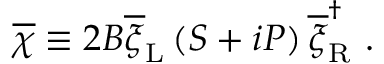
\overline { { { \chi } } } \equiv 2 B \overline { { { \xi } } } _ { \mathrm { L } } \left( S + i P \right) \overline { { { \xi } } } _ { \mathrm { R } } ^ { \dag } \ .